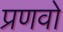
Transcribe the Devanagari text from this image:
प्रणवो